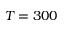
T = 3 0 0